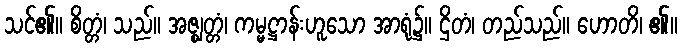
သင်၏။ စိတ္တံ၊ သည်။ အဇ္ဈတ္တံ၊ ကမ္မဋ္ဌာန်းဟူသော အာရုံ၌။ ဌိတံ၊ တည်သည်။ ဟောတိ၊ ၏။